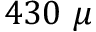
4 3 0 ~ \mu